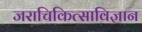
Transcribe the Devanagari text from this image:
जराचिकित्साविज्ञान